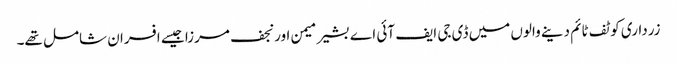
زرداری کو ٹف ٹائم دینے والوں میں ڈی جی ایف آئی اے بشیر میمن اور نجف مرزا جیسے افسران شامل تھے۔